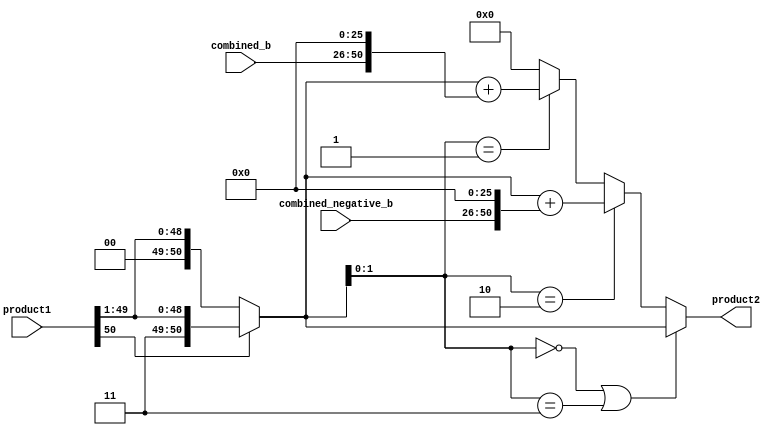
module c_booth2(product1 ,combined_b, combined_negative_b, product2); 

input [24:0]combined_b, combined_negative_b;
output reg [50:0] product2;
input [50:0] product1;


reg [51:0] product_temp3;
reg[50:0] product_shift,product_temp2;




always@(*)
begin

	if(product1[50] == 1'b1)
   product_shift = {1'b1, product1[50:1]};
	else if(product1[50] == 1'b0)
	product_shift = {1'b0, product1[50:1]};
	else
	product_shift = 50'b0;
end

always@(*)
begin
	if(product_shift[1:0] == 2'b00 || product_shift[1:0] == 2'b11)
	product2 = product_shift;
	else if(product_shift[1:0] == 2'b10)
		begin
		product_temp2 = {combined_negative_b, 26'b0};
		product_temp3 = product_shift + product_temp2;
		product2 = product_temp3[50:0];
		end
	else if(product_shift[1:0] == 2'b01)
		begin
		product_temp2 = {combined_b, 26'b0};
		product_temp3 = product_shift + product_temp2;
		product2 = product_temp3[50:0];
		end	
		else
		product2 = 51'b0;

end

endmodule